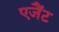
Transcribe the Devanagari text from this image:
एजैंट